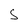
Character: S